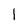
Character: 1